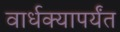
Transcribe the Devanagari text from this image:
वार्धक्यापर्यंत